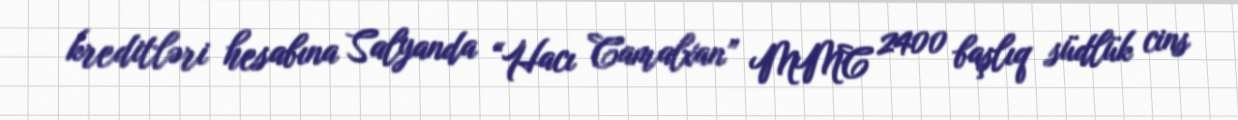
kreditləri hesabına Salyanda “Hacı Camalxan” MMC 2400 başlıq südlük cins